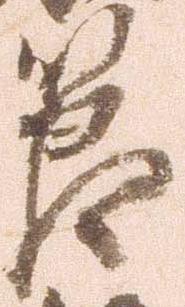
節